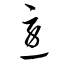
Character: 急